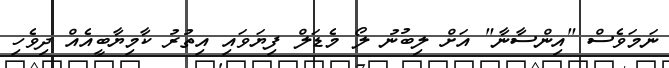
ނަމަވެސް "އިންސާނާ" އަށް ލިބުނު ލޯ މެޑަލް ފިޔަވައި އިތުރު ކާމިޔާބީއެއް ދިވެހި